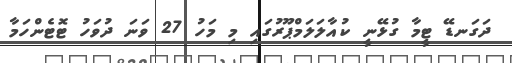
ދަގަނޑޭ ޓީމާ ގުޅޭނީ ކުއާލަލަމްޕޫރުގައި މި މަހު 27 ވަނަ ދުވަހު ޓޮޓެންހަމާ